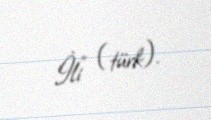
İli" (türk).